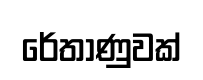
රේතාණුවක්